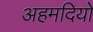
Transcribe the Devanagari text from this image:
अहमदियों